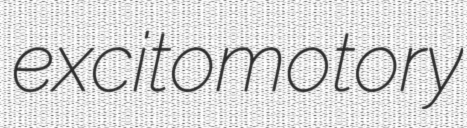
excitomotory